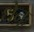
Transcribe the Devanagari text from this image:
धेनुः